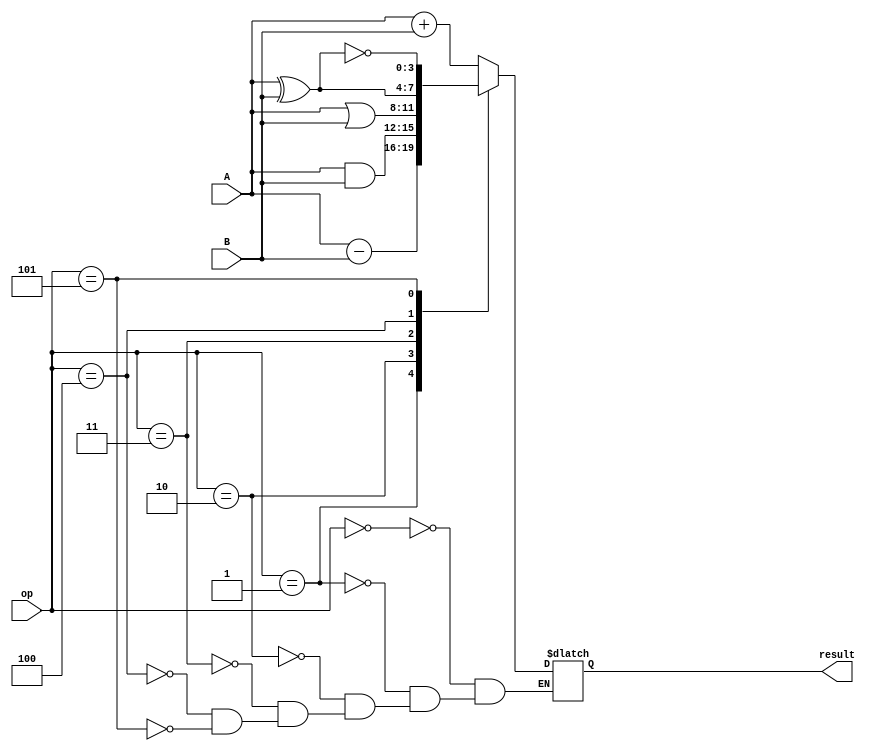
`timescale 1ns / 1ps
//////////////////////////////////////////////////////////////////////////////////
// Company: 
// Engineer: 
// 
// Design Name: 
// Module Name: ALU
// Project Name: 
// Target Devices: 
// Tool Versions: 
// Description: 
// 
// Dependencies: 
// 
// Revision:
// Revision 0.01 - File Created
// Additional Comments:
// 
//////////////////////////////////////////////////////////////////////////////////


module ALU(
input [3:0]A,B,
input [2:0]op,
output reg [3:0] result
    );
    always@(*)
    begin
    case(op)
    3'b000 : result = A+B;
    3'b001 : result = A-B;
    3'b010 : result = A&B;
    3'b011 : result = A|B;
    3'b100 : result = A^B;
    3'b101 : result = ~(A^B);
    endcase
 end
endmodule